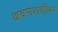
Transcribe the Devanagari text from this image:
श्रवणशक्तीवर